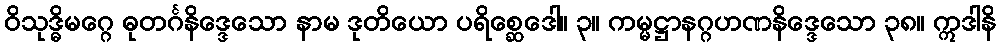
ဝိသုဒ္ဓိမဂ္ဂေ ဓုတင်္ဂနိဒ္ဒေသော နာမ ဒုတိယော ပရိစ္ဆေဒေါ။ ၃။ ကမ္မဋ္ဌာနဂ္ဂဟဏနိဒ္ဒေသော ၃၈။ ဣဒါနိ